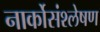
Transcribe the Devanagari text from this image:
नार्कोसंश्लेषण